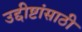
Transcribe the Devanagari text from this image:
उद्दीष्टांसाठी